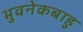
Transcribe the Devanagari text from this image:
भुवनेकबाहु